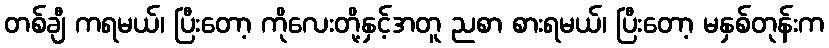
တစ်ချီ ကရမယ်၊ ပြီးတော့ ကိုလေးတို့နှင့်အတူ ညစာ စားရမယ်၊ ပြီးတော့ မနှစ်တုန်းက